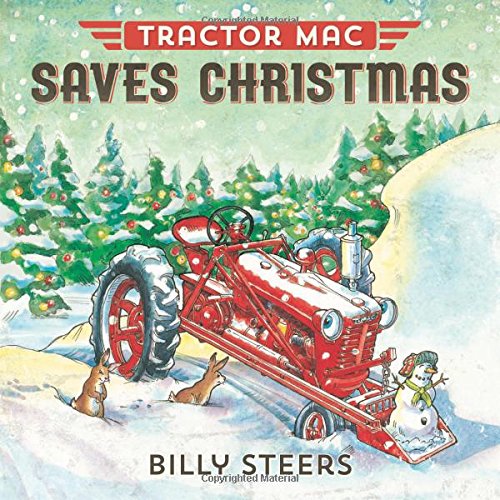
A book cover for Tractor Mac Saves Christmas; Billy Steers; Children's Books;